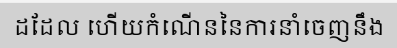
ដដែល ហើយកំណើននៃការនាំចេញនឹង